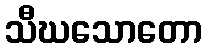
သီဃသောတော